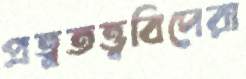
প্রত্নতত্ত্ববিদেরা